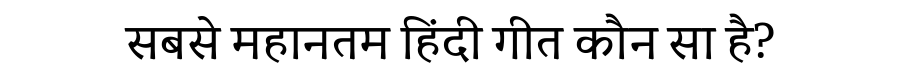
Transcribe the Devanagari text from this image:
सबसे महानतम हिंदी गीत कौन सा है?